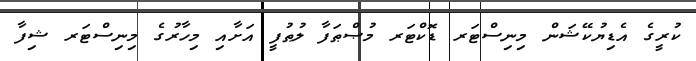
ކުރީގެ އެޑިޔުކޭޝަން މިނިސްޓަރ ޑޮކްޓަރ މުޞްޠަފާ ލުޠުފީ އަށާއި މިހާރުގެ މިނިސްޓަރ ޝިފާ